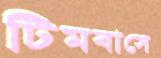
টিমবাসে